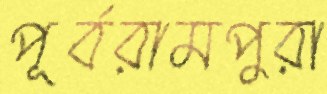
পূর্বরামপুরা